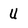
Character: u